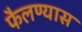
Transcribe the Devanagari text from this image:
फैलण्यास